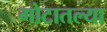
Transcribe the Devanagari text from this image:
गोटातल्या